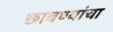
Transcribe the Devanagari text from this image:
छावण्यांचा